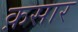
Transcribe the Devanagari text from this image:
क़सार